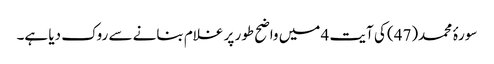
سورۂ محمد(47) کی آیت 4 میں واضح طور پر غلام بنانے سے روک دیا ہے۔